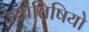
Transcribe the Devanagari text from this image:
ज्योतिषियो